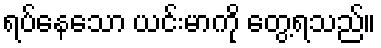
ရပ်နေသော ယင်းမာကို တွေ့ရသည်။